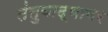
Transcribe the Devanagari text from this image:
तंतुवाद्यावर